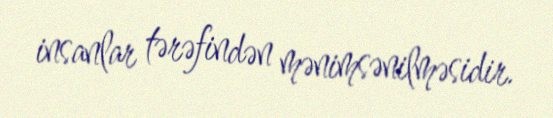
insanlar tərəfindən mənimsənilməsidir.